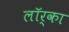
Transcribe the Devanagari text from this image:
लॉर्का